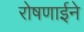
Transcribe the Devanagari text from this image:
रोषणाईने